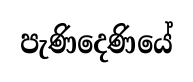
පැණිදෙණියේ